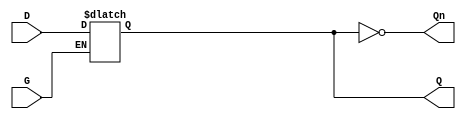
module gated_latch (
    input wire D,      // Data input
    input wire G,      // Gate control signal
    output reg Q,      // Output signal
    output wire Qn     // Complement of the output
);

// Complement of the output
assign Qn = ~Q;

// Always block for level-sensitive operation
always @(*) begin
    if (G) begin
        Q = D;  // When G is high, output follows the input
    end
    // When G is low, Q retains its previous value (hold state)
end

endmodule